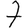
Digit: 7